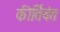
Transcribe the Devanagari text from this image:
कीर्तिवंत